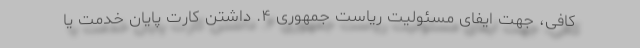
کافی، جهت ایفای مسئولیت ریاست جمهوری ۴. داشتن کارت پایان خدمت یا